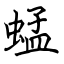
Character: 蜢